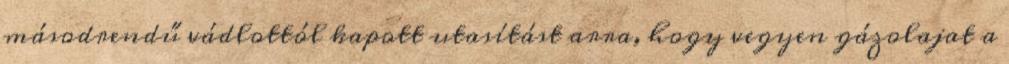
másodrendű vádlottól kapott utasítást arra, hogy vegyen gázolajat a